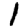
Digit: 1